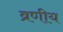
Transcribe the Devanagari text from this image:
व्रणीय